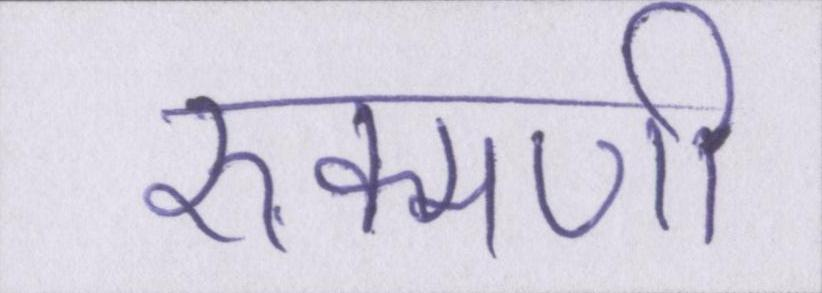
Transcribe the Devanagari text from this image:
रुक्मणी